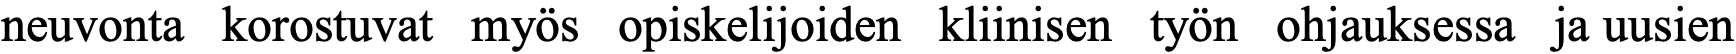
neuvonta korostuvat myös opiskelijoiden kliinisen työn ohjauksessa ja uusien